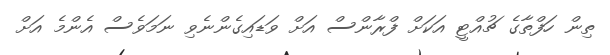
ތިން ހަފްތާގެ ޗުއްޓީ އަކަށް ފްރާންސް އަށް ވަޑައިގެންނެވި ނަމަވެސް އެންމެ އަށް